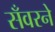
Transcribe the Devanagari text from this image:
सँवरने